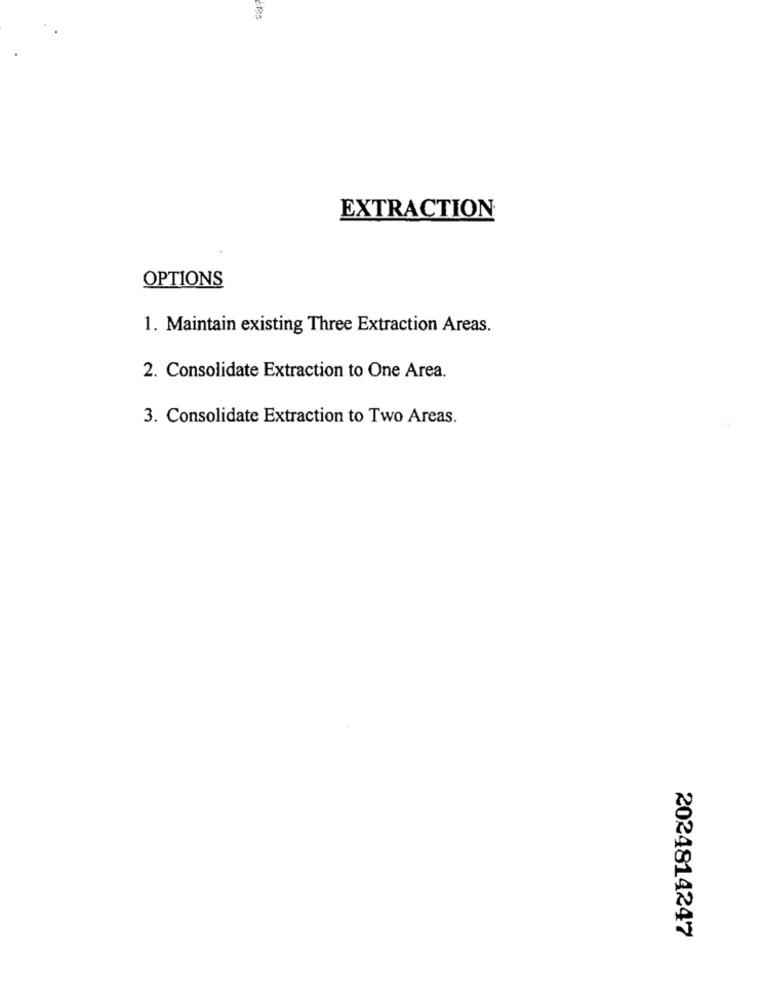
EXTRACTION
OPTIONS
1. Maintain existing Three Extraction Areas.
2. Consolidate Extraction to One Area.
3. Consolidate Extraction to Two Areas.
2024814247